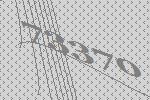
73370